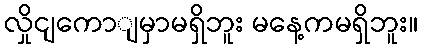
လှိုငျကောျမှာမရှိဘူး မနေ့ကမရှိဘူး။